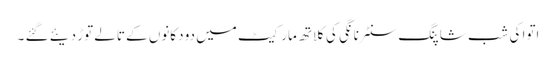
اتوا کی شب شاپنگ سنٹر نانگی کی کلاتھ مارکیٹ میں دو دکانوں کے تالے توڑ دیئے گئے ۔